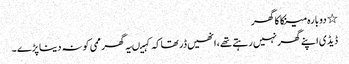
٭ دو بارہ مینکا کا گھر
ڈیڈی اپنے گھر نہیں رہتے تھے، انھیں ڈر تھاکہ کہیںیہ گھر ممی کو نہ دینا پڑے ۔